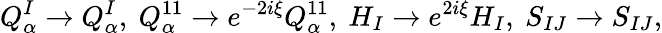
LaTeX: Q_{\alpha}^{I}\rightarrow Q_{\alpha}^{I},\ Q_{\alpha}^{11}\rightarrow e^{-2i\xi}Q_{\alpha}^{11},\ H_{I}\rightarrow e^{2i\xi}H_{I},\ S_{IJ}\rightarrow S_{IJ},